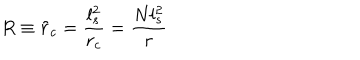
LaTeX: R \equiv \tilde { r } _ { c } = \frac { l _ { s } ^ { 2 } } { r _ { c } } = \frac { N l _ { s } ^ { 2 } } { r }